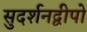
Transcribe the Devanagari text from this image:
सुदर्शनद्वीपो